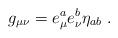
LaTeX: \begin{align*}g_{\mu\nu}= e_\mu^a e_\nu^b \eta_{ab}\; . \end{align*}